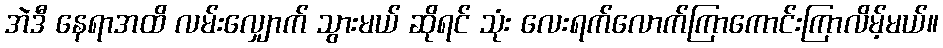
အဲဒီ နေရာအထိ လမ်းလျှောက် သွားမယ် ဆိုရင် သုံး လေးရက်လောက်ကြာကောင်းကြာလိမ့်မယ်။